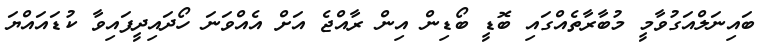
ބައިނަލްއަގުވާމީ މުބާރާތެއްގައި ބޮޑީ ބޯޑިން އިން ރާއްޖެ އަށް އެއްވަނަ ހޯދައިދީފައިވާ ކުޑައައްޔަ